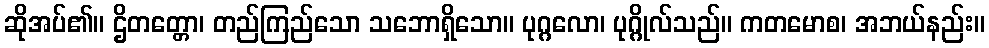
ဆိုအပ်၏။ ဌိတတ္တော၊ တည်ကြည်သော သဘောရှိသော။ ပုဂ္ဂလော၊ ပုဂ္ဂိုလ်သည်။ ကတမောစ၊ အဘယ်နည်း။